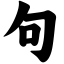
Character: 句